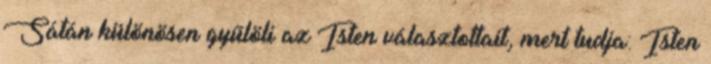
Sátán különösen gyűlöli az Isten választottait, mert tudja: Isten